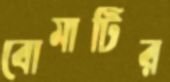
বোমাটির